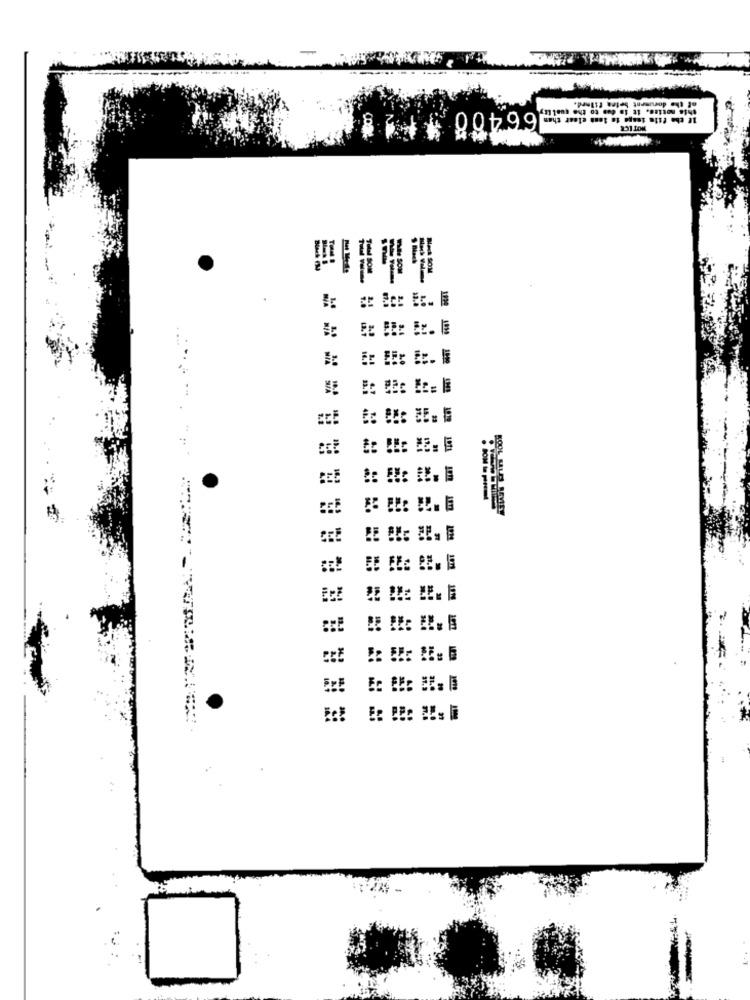
the document
66400
-
==
S/A
SEE
BEE
SEE
ECE